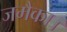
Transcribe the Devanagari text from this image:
जमैका।